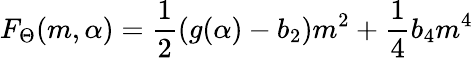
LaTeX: F_{\Theta}(m,\alpha)=\frac{1}{2}(g(\alpha)-b_{2})m^{2}+\frac{1}{4}b_{4}m^{4}